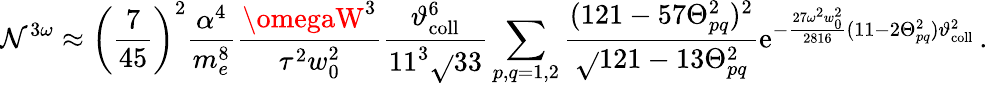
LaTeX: \mathcal{N}^{3\omega}\approx\left(\frac{{7}}{{45}}\right)^{2}\frac{{\alpha^{4}}}{{m_{e}^{8}}}\frac{{\omegaW^{3}}}{{\tau^{2}w_{0}^{2}}}\frac{{\vartheta_{\mathrm{{coll}}}^{6}}}{{11^{3}\sqrt{}{{33}}}}\sum_{p,q=1,2}\frac{{(121-57\Theta_{pq}^{2})^{2}}}{{\sqrt{}{{121-13\Theta_{pq}^{2}}}}}\mathrm{{e}}^{-\frac{{27\omega^{2}w_{0}^{2}}}{{2816}}(11-2\Theta_{pq}^{2})\vartheta_{\mathrm{{coll}}}^{2}}\, .